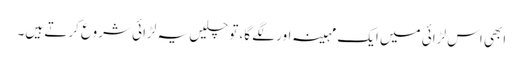
ابھی اس لڑائی میں ایک مہینہ اور لگے گا، تو چلیں یہ لڑائی شروع کرتے ہیں۔